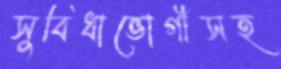
সুবিধাভোগীসহ